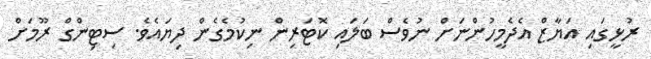
ރުޅީގައި އަޔާޒް އެދެމީހުންނަށް ނުވެސް ބަލައި ކޮޓަރިން ނިކުމެގެން ދިޔައެވެ. ސިޓިންގް ރޫމަށް